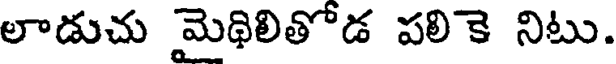
లాడుచు మెథిలితోడ పలికె నిటు.